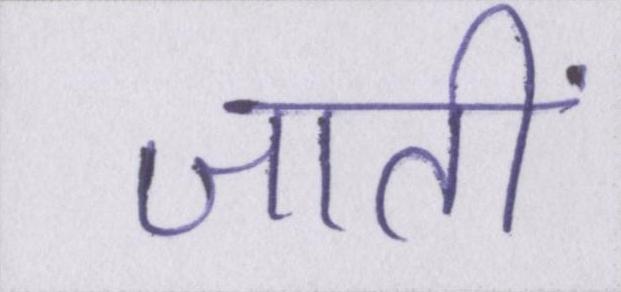
जातीं